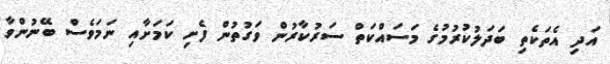
އަދި އެތަކެތި ބަދަލުކުރުމުގެ މަސައްކަތް ސަރުކާރުން ވަގުތުން ފެށި ކަމަށާއި ނަމަވެސް ބޭނުންވާ